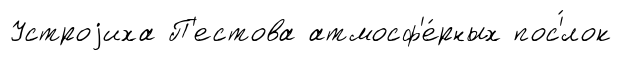
Устроjиха П'естова атмосф'е́рных пос'́лок